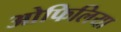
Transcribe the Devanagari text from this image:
ओफिलिया